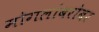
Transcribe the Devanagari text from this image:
मोगलांबरोबर